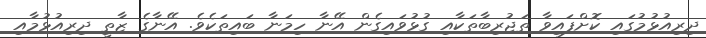
ދިރިއުޅުމުގައި ކޮށްފައިވާ ތަޖުރިބާތަކާއި ގުޅުވައިގެން އޭނާ ހިމަނާ ބައިތަކެވެ. އޭނާގެ ޒާތީ ދިރިއުޅުމާއި